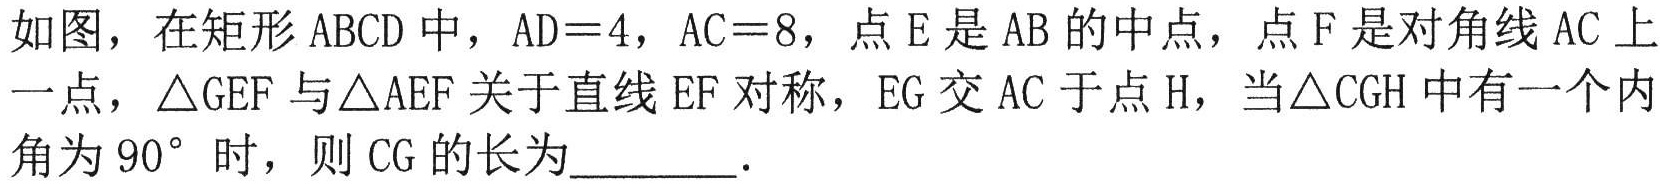
如图，在矩形$\text{ABCD}$中，$\text{AD}=4$，$\text{AC}=8$，点$\text{E}$是$\text{AB}$的中点，点$\text{F}$是对角线$\text{AC}$上一点，$\triangle\text{GEF}$与$\triangle\text{AEF}$关于直线$\text{EF}$对称，$\text{EG}$交$\text{AC}$于点$\text{H}$，当$\triangle\text{CGH}$中有一个内角为$90^{\circ}$时，则$\text{CG}$的长为  ．